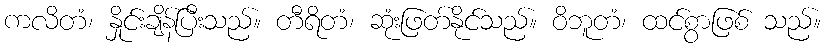
ကလိတံ၊ နှိုင်းချိန်ပြီးသည်။ တီရိတံ၊ ဆုံးဖြတ်နိုင်သည်။ ဝိဘူတံ၊ ထင်စွာဖြစ် သည်။